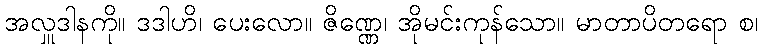
အလှူဒါနကို။ ဒဒါဟိ၊ ပေးလော။ ဇိဏ္ဏေ၊ အိုမင်းကုန်သော။ မာတာပိတရော စ၊